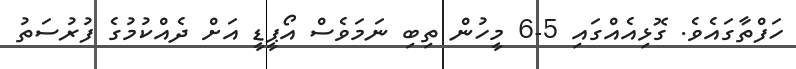
ހަފްތާގައެވެ. ގޮޅިއެއްގައި 5-6 މީހުން ތިބި ނަމަވެސް އޯޕީޑީ އަށް ދެއްކުމުގެ ފުރުސަތު